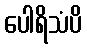
ပေါရိသံပိ